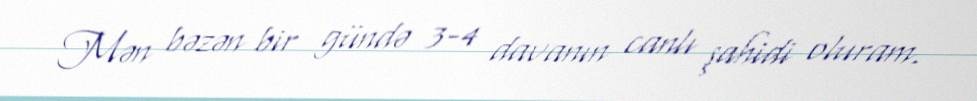
Mən bəzən bir gündə 3-4 davanın canlı şahidi oluram.